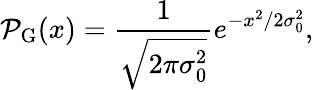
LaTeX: \mathcal{P}_{\mathrm{G}}(x)=\frac{1}{\sqrt{2\pi\sigma_{0}^{2}}}e^{-x^{2}/2\sigma_{0}^{2}},